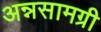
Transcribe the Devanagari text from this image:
अन्नसामग्री